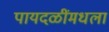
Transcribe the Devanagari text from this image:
पायदळींमधला